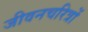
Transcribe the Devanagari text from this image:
जीवनचरित्रों